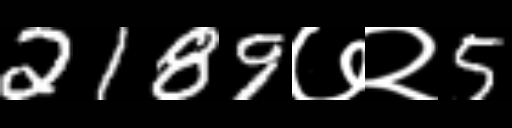
Text: 2189७२5